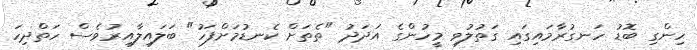
ހިންގި ބޮޑު ހަނގުރާމައިގައި ގަތުލުވި މީހުންގެ އަދަދު "ތެތަށް ކެނޑުމަށްފަހު" ބަލައިލާއިރުވެސް ހަތްދިހަ